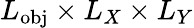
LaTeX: L_{\mathrm{obj}}\times L_{X}\times L_{Y}